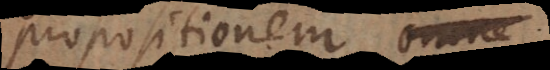
propositionem aut